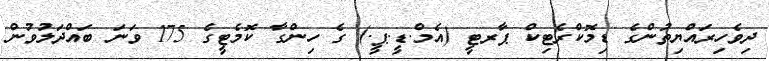
ދިވެހިރައްޔިތުންގެ ޑިމޮކްރެޓިކް ޕާރޓީ (އެމް.ޑީ.ޕީ.) ގެ ހިންގާ ކޮމެޓީގެ 175 ވަނަ ބައްދަލުވުން